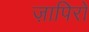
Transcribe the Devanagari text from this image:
ज़ापिरो